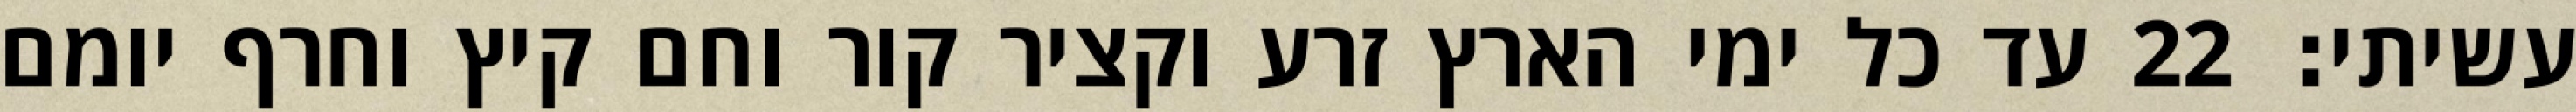
עשיתי׃ ‎22‏ עד כל ימי הארץ זרע וקציר קור וחם קיץ וחרף יומם